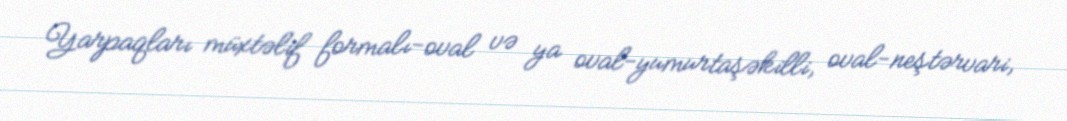
Yarpaqları müxtəlif formalı-oval və ya oval-yumurtaşəkilli, oval-neştərvari,